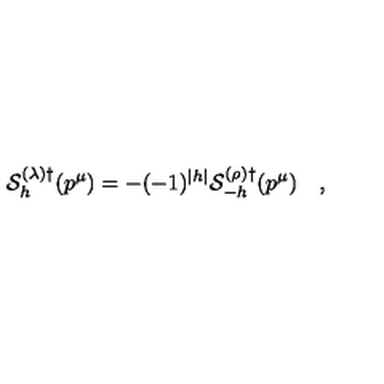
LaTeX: { \cal S } _ { h } ^ { ( \lambda ) \dagger } ( p ^ { \mu } ) = - ( - 1 ) ^ { | h | } { \cal S } _ { - h } ^ { ( \rho ) \dagger } ( p ^ { \mu } ) \quad ,